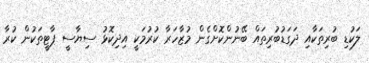
ލަކުޑި ބުރިތަކާއި ދަގަޑުބުރިތައް ބޭނުންކޮށްގެން މުޒާހަރާ ކުރުމަކީ އިދިކޮޅު ސިޔާސީ ޕާޓީތަކުން ކުރާ